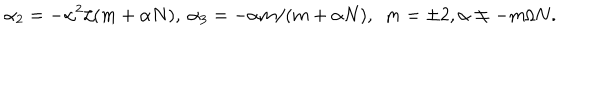
\alpha _ { 2 } = - \alpha ^ { 2 } / ( m + \alpha N ) , ~ \alpha _ { 3 } = - \alpha m / ( m + \alpha N ) , ~ ~ m = \pm 2 , \alpha \neq - m / N .